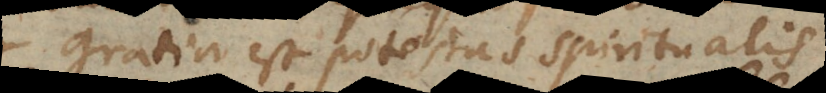
gratia est potestas spiritualis